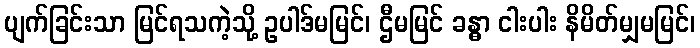
ပျက်ခြင်းသာ မြင်ရသကဲ့သို့ ဥပါဒ်မမြင်၊ ဌီမမြင် ခန္ဓာ ငါးပါး နိမိတ်မျှမမြင်၊